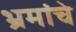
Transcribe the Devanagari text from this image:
भ्रमांचे